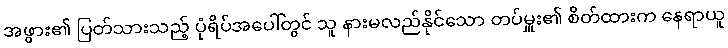
အဖွား၏ ပြတ်သားသည့် ပုံရိပ်အပေါ်တွင် သူ နားမလည်နိုင်သော တပ်မှူး၏ စိတ်ထားက နေရာယူ